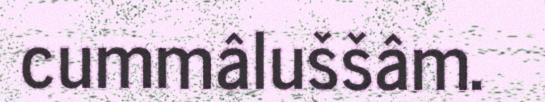
cummâluššâm.